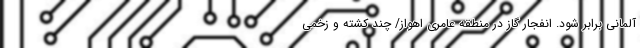
آلمانی برابر شود. انفجار گاز در منطقه عامری اهواز/ چند کشته و زخمی